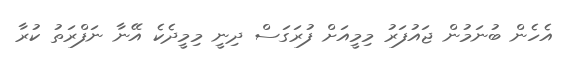
އެހެން ބުނަމުން ޖައުފަރު މިމީއަށް ފުރަގަސް ދިނީ މިމީދެކެ އޭނާ ނަފްރަތު ކުރާ